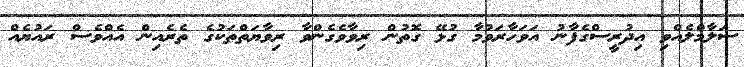
ސަލާމްލެއްވި އިދުރީސްގެފާނު އަވަހާރަވުމާ ގުޅޭ ގޮތުން ރިވާވެގެންވާ ރިވާޔަތްތަކުގެ ތެރެއިން އެއްވެސް ރައުޔެއް